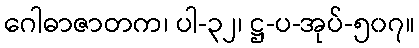
ဂေါဓာဇာတက၊ ပါ-၃၂၊ ဋ္ဌ-ပ-အုပ်-၅၀၇။